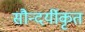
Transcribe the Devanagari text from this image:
सौन्दर्यीकृत